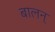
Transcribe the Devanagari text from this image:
बालन्